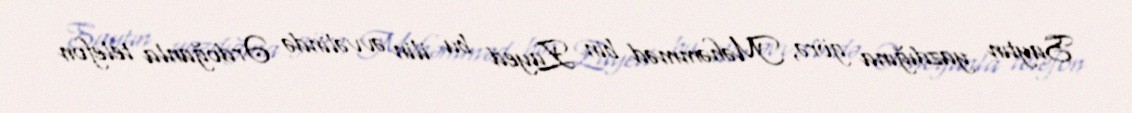
Saytın yazdığına görə, Məhəmməd bin Zayed bu ilin əvvəlində Ərdoğanla telefon